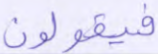
فيقولون